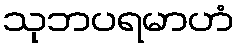
သုဘပရမာဟံ